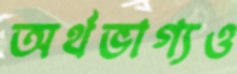
অর্থভাগ্যও